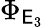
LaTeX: \Phi_{\mathsf{E}_{3}}